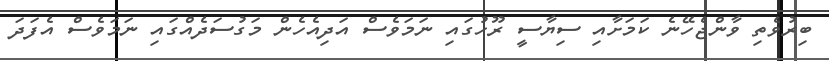
ބިރުވެތި ވާންޖެހޭނެ ކަމަށާއި ސިޔާސީ ރޫހުގައި ނަމަވެސް އަދިއެހެން މަގުސަދެއްގައި ނަމަވެސް އެފަދަ